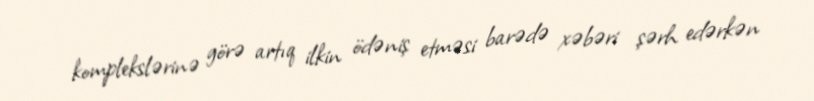
komplekslərinə görə artıq ilkin ödəniş etməsi barədə xəbəri şərh edərkən